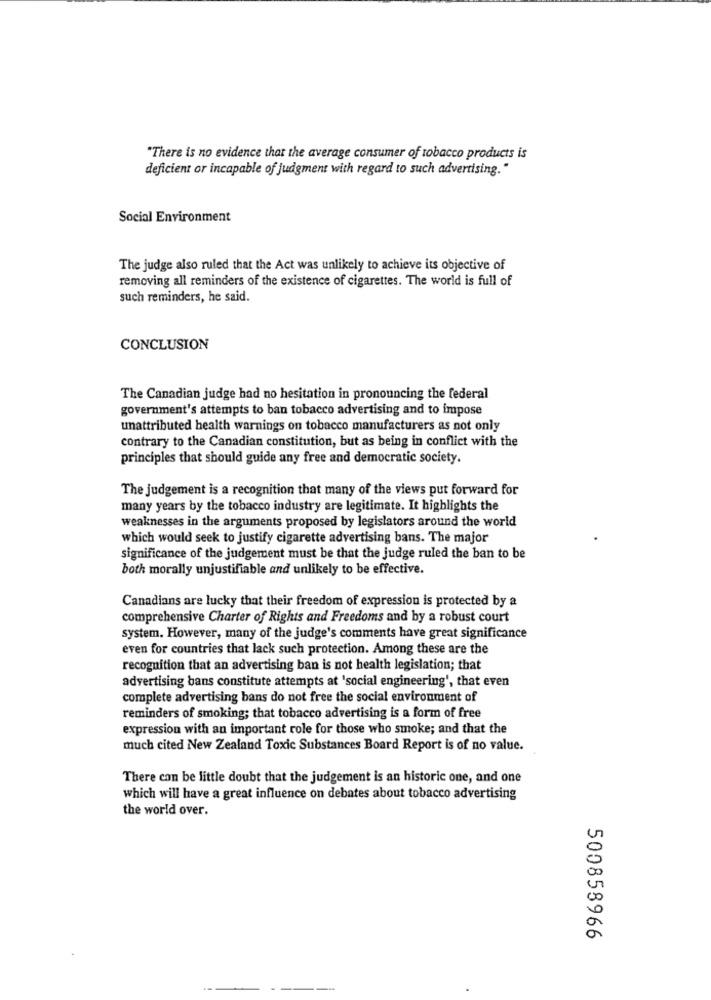
"There is no evidence that the average consumer of tobacco products is
deficient or incapable of judgment with regard to such advertising."
Social Environment
The judge also ruled that the Act was unlikely to achieve its objective of
removing all reminders of the existence of cigarettes. The world is full of
such reminders, he said.
CONCLUSION
The Canadian judge had no hesitation in pronouncing the federal
government's attempts to ban tobacco advertising and to impose
unattributed health warnings on tobacco manufacturers as not only
contrary to the Canadian constitution, but as being in conflict with the
principles that should guide any free and democratic society.
The judgement is a recognition that many of the views put forward for
many years by the tobacco industry are legitimate. It highlights the
weaknesses in the arguments proposed by legislators around the world
which would seek to justify cigarette advertising bans. The major
significance of the judgement must be that the judge ruled the ban to be
both morally unjustifiable and unlikely to be effective.
Canadians are lucky that their freedom of expression is protected by a
comprehensive Charter of Rights and Freedoms and by a robust court
system. However, many of the judge's comments have great significance
even for countries that lack such protection. Among these are the
recognition that an advertising ban is not health legislation; that
advertising bans constitute attempts at 'social engineering', that even
complete advertising bans do not free the social environment of
reminders of smoking; that tobacco advertising is a form of free
expression with an important role for those who smoke; and that the
much cited New Zealand Toxic Substances Board Report is of no value.
There con be little doubt that the judgement is an historic one, and one
which will have a great influence on debates about tobacco advertising
the world over.
500858966